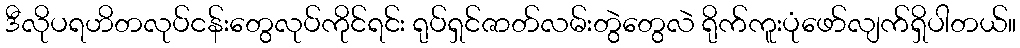
ဒီလိုပရဟိတလုပ်ငန်းတွေလုပ်ကိုင်ရင်း ရုပ်ရှင်ဇာတ်လမ်းတွဲတွေလဲ ရိုက်ကူးပုံဖော်လျက်ရှိပါတယ်။